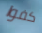
كفوا